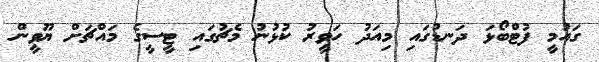
ގައުމީ ފުޓްބޯޅަ ދަނޑުގައި މިއަދު ހަވީރު ކުޅުނު މެޗުގައި ޓީސީގެ މައްޗަށް ޔޫވީން